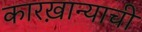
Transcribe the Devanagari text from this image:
कारख़ान्याची